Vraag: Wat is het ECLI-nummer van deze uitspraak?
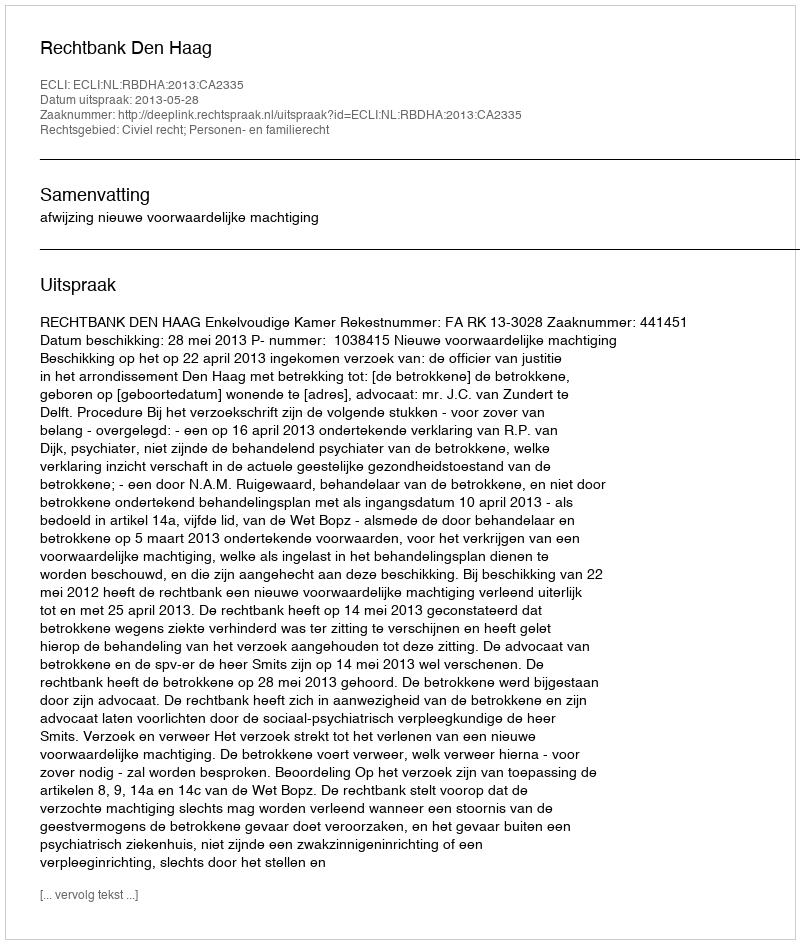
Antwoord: ECLI:NL:RBDHA:2013:CA2335